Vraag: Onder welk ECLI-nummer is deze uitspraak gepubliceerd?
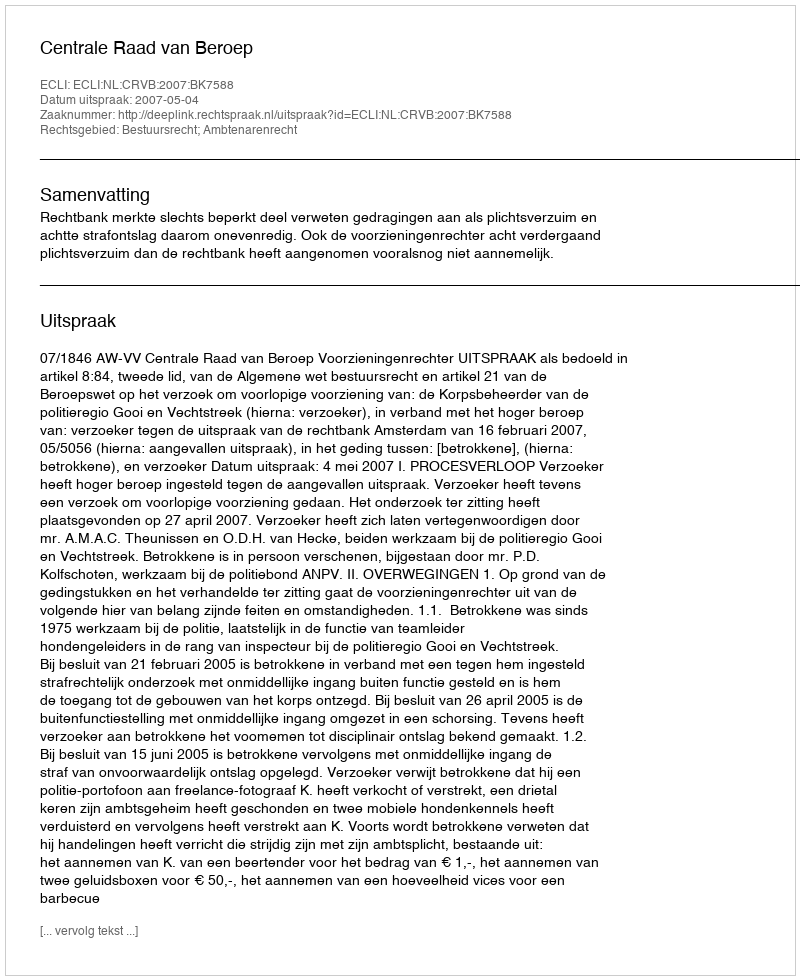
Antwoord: ECLI:NL:CRVB:2007:BK7588